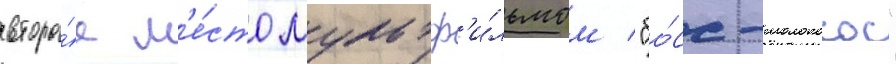
второ́е м'е́сто мультф'и́льмом "бо́сс-молокосос"